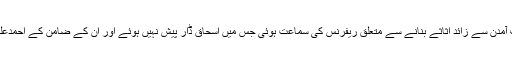
اسحاق ڈار کے خلاف آمدن سے زائد اثاثے بنانے سے متعلق ریفرنس کی سماعت ہوئی جس میں اسحاق ڈار پیش نہیں ہوئے اور ان کے ضامن کے احمدعلی قدوسی پیش ہوئے۔